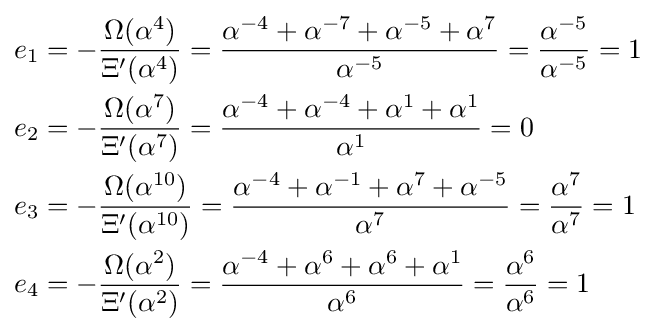
{\begin{aligned}e_{1}&=-{\frac {\Omega (\alpha ^{4})}{\Xi '(\alpha ^{4})}}={\frac {\alpha ^{-4}+\alpha ^{-7}+\alpha ^{-5}+\alpha ^{7}}{\alpha ^{-5}}}={\frac {\alpha ^{-5}}{\alpha ^{-5}}}=1\\e_{2}&=-{\frac {\Omega (\alpha ^{7})}{\Xi '(\alpha ^{7})}}={\frac {\alpha ^{-4}+\alpha ^{-4}+\alpha ^{1}+\alpha ^{1}}{\alpha ^{1}}}=0\\e_{3}&=-{\frac {\Omega (\alpha ^{10})}{\Xi '(\alpha ^{10})}}={\frac {\alpha ^{-4}+\alpha ^{-1}+\alpha ^{7}+\alpha ^{-5}}{\alpha ^{7}}}={\frac {\alpha ^{7}}{\alpha ^{7}}}=1\\e_{4}&=-{\frac {\Omega (\alpha ^{2})}{\Xi '(\alpha ^{2})}}={\frac {\alpha ^{-4}+\alpha ^{6}+\alpha ^{6}+\alpha ^{1}}{\alpha ^{6}}}={\frac {\alpha ^{6}}{\alpha ^{6}}}=1\end{aligned}}